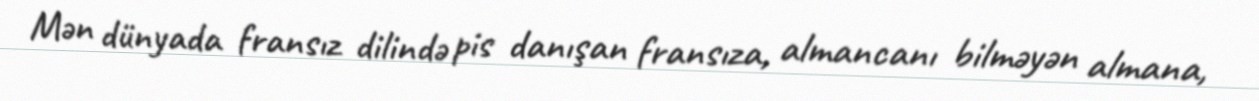
Mən dünyada fransız dilində pis danışan fransıza, almancanı bilməyən almana,